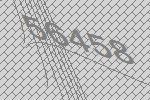
56458